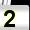
Digit: 2